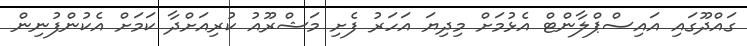
ގައްދޫގައި އައިސްޕްލާންޓް އެޅުމަށް މިދިޔަ އަހަރު ފެށި މަޝްރޫއު ކުރިއަށްދާ ކަމަށް އެކުންފުނިން